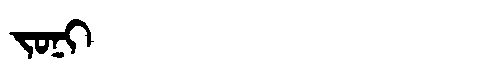
Manchu: ᠵᠣᠨᡳ
Romanization: JONI